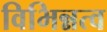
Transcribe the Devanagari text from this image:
विभिन्नत्व